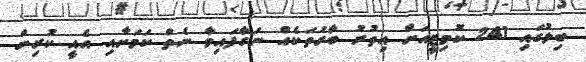
ބިލުގައި 241 ކޮމިޓީއަށް އިތުރު ބާރުތަކެއް ނަގާފައިވާ ނެތް ކަމަށާއި އެއީ ކުރިން